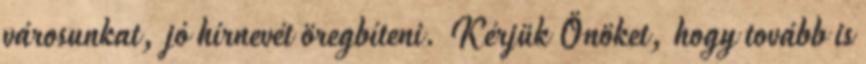
városunkat, jó hírnevét öregbíteni. Kérjük Önöket, hogy tovább is